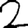
Digit: 2